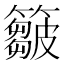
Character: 𥶈